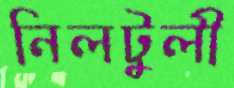
নিলটুলী